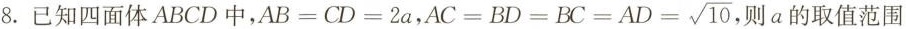
8.已知四面体ABCD中，$$AB=CD=2a$$， $$AC=BD=AD=BC= \sqrt{10}$$ 则a的取值范围